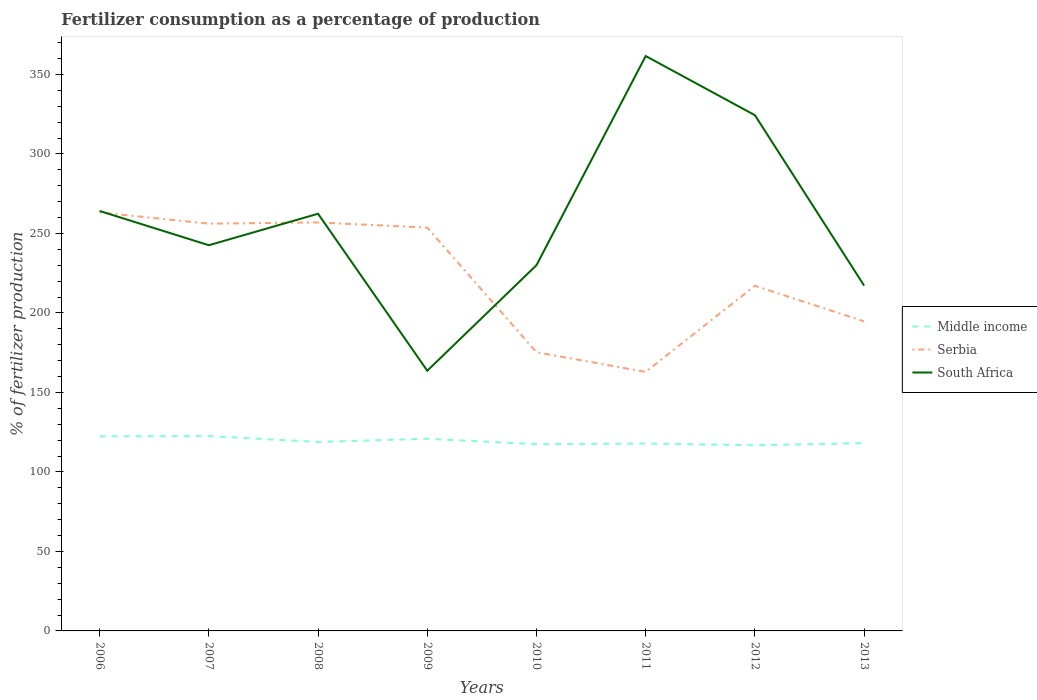
| Years | Middle income | Serbia | South Africa |
 | --- | --- | --- | --- |
 | 2006 | 122 | 263 | 264 |
 | 2007 | 123 | 256 | 243 |
 | 2008 | 119 | 257 | 262 |
 | 2009 | 121 | 254 | 164 |
 | 2010 | 117 | 175 | 230 |
 | 2011 | 118 | 163 | 362 |
 | 2012 | 117 | 217 | 324 |
 | 2013 | 118 | 195 | 217 |